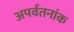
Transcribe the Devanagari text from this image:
अपर्वतनांक